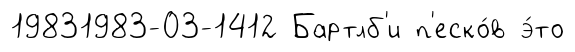
19831983-03-1412 Бартлб'и п'еско́в э́то